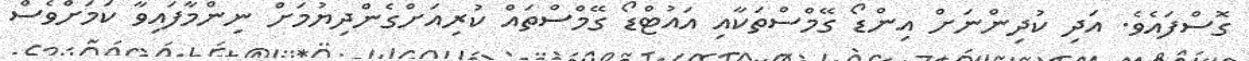
ގޮސްފައެވެ. އަދި ކުދިންނަށް އިންޑޯ ގޭމްސްތަކާއި އައުޓްޑޯ ގޭމްސްތައް ކުރިއަށްގެންދިޔުމަށް ނިންމާފައިވާ ކަމަށްވެސް